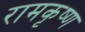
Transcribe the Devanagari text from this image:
रामकृष्‍ण